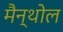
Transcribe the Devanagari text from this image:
मैन्थोल